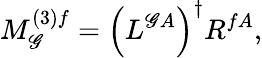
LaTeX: M_{\mathscr{G}}^{(3)f}={\left(L^{\mathscr{G}A}\right)}^{\dagger}R^{fA},